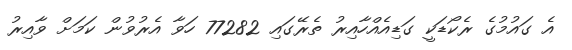
އެ ގައުމުގެ ރެކޯޑަކީ ގަޑިއެއްހާއިރު ތެރޭގައި 77282 ހަވާ އެރުވުން ކަމަށް ވާއިރު